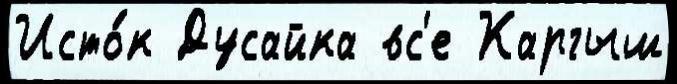
Исто́к Дусайка вс'е Каргыш